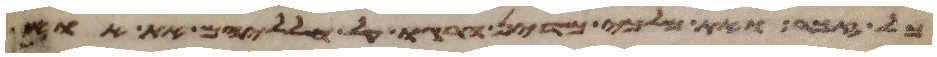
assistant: כל זכר ואת מלכי מדין הרגו על חלליהם את אוי